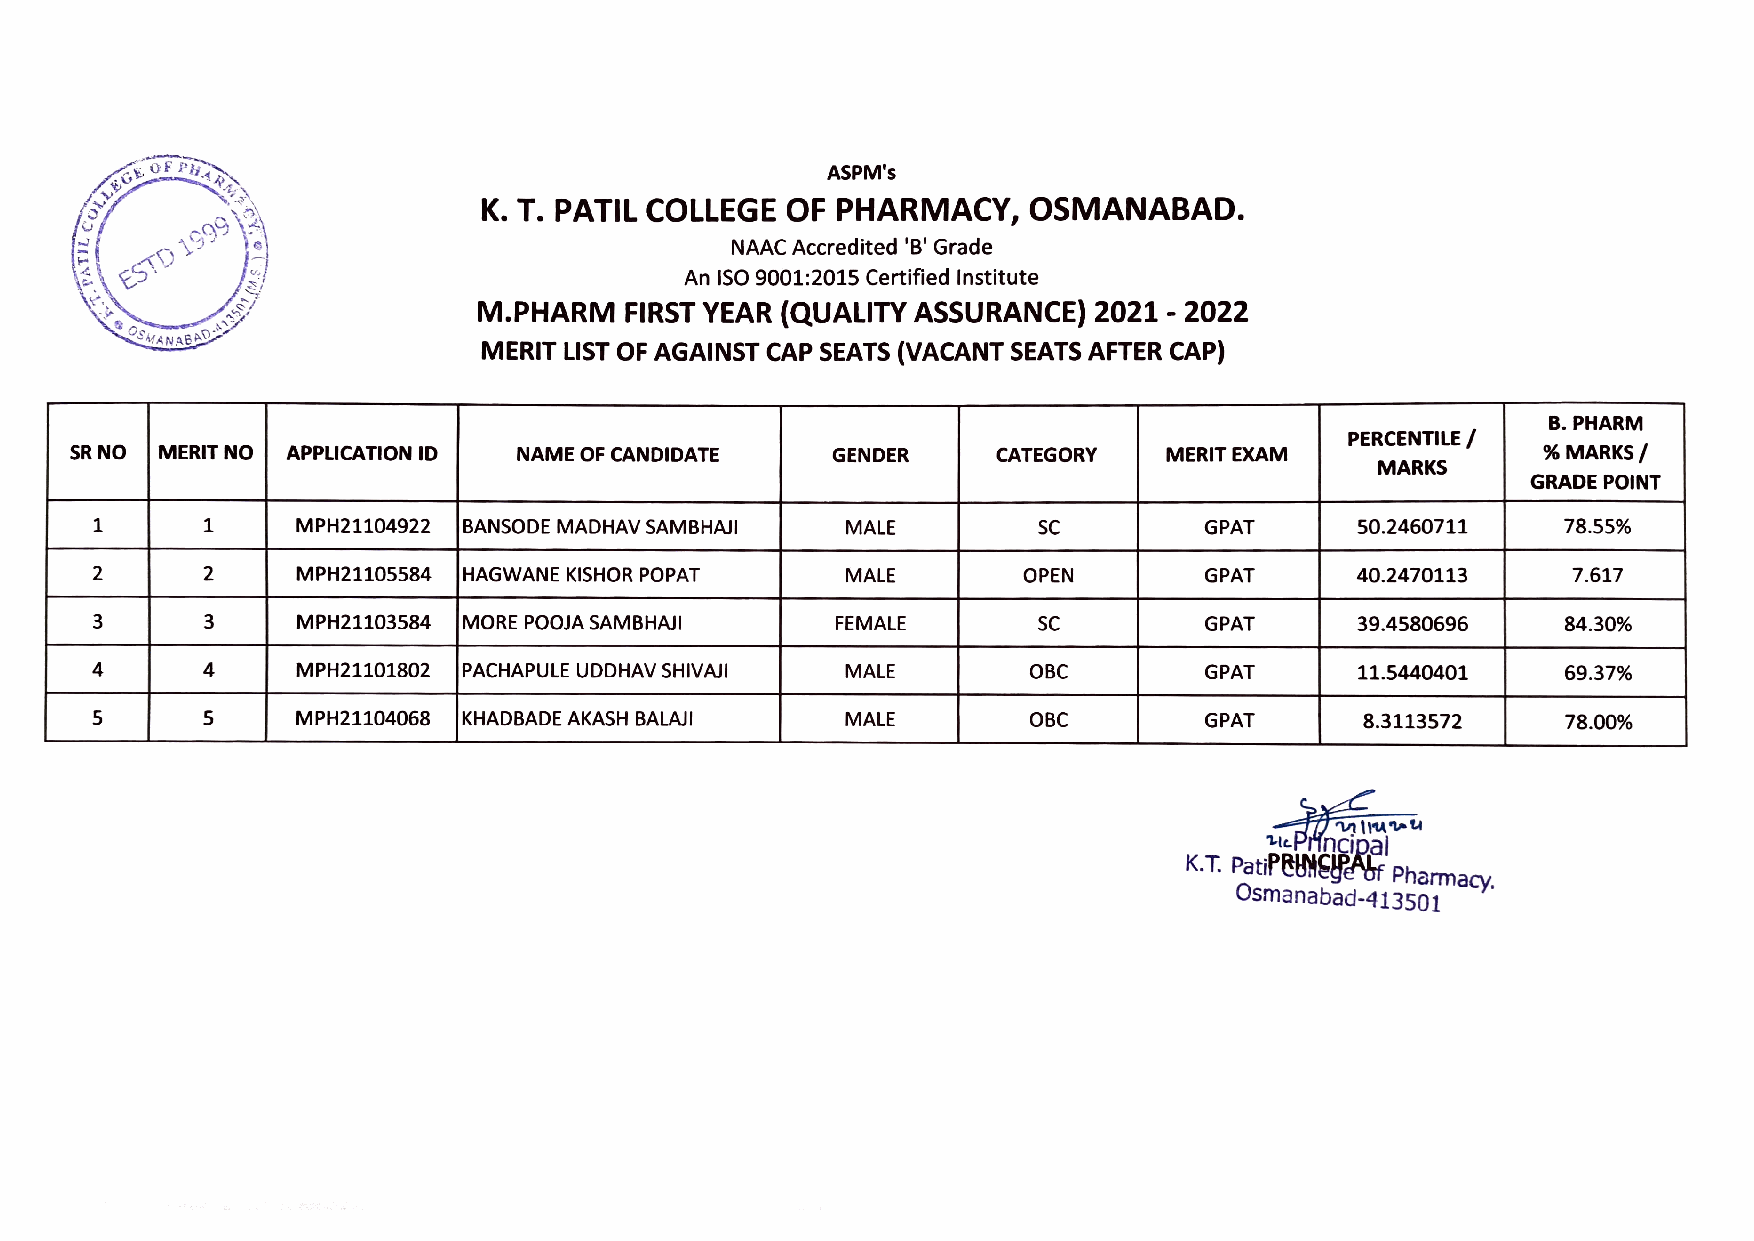
iARM
 ASPM's
 LBG
 K.T. PATIL COLLEGE  OF PHARMACY,    OSMANABAD.
 ESTD19 99
 NAAC Accredited 'B' Grade
 An ISO 9001:2015 Certified Institute
 M.PHARM  FIRST YEAR (QUALITY ASSURANCE) 2021- 2022
 MANAB
 MERIT LIST OF AGAINST CAP SEATS (VACANT SEATS AFTER CAP)
 B. PHARM
 PERCENTILE /
 SR NO MERIT N0 APPLICATION ID NAME OF CANDIDATE   GENDER     CATEGORY   MERIT EXAM               %M ARKS
 MARKS
 GRADE PoINT
 MPH21104922 BANSODE MADHAV SAMBHAJI MALE         SC         GPAT      50.2460711   78.55%
 2       2     MPH21105584 HAGWANE KISHOR POPAT    MALE        OPEN        GPAT      40.2470113    7.617
 3       3     MPH21103584 MORE POOJA SAMBHAJI    FEMALE        SC         GPAT      39.4580696    84.30%
 4       4     MPH21101802 PACHAPULE UDDHAV SHIVAJI MALE       OBC         GPAT      11.5440401    69.37%
 5     MPH21104068 KHADBADE AKASH BALAJI   MALE        OBC         GPAT      8.3113572     78.00%
 uePincipal
 K.T. PatiPEHEYEASf Pharmacy.
 Osmanabad-413501